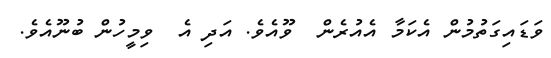
ވަޑައިގަތުމުން އެކަމާ އެއުރެން  ވޫއެވެ. އަދި އެ  ވިމީހުން ބުނޫއެވެ.